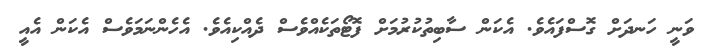
ވަނީ ހަނދަށް ގޮސްފައެވެ. އެކަން ސާބިތުކުރުމަށް ފޮޓޯތަކެއްވެސް ދެއްކިއެވެ. އެހެންނަމަވެސް އެކަން އެއީ